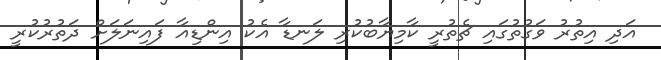
އަދި އިތުރު ވަގުތުގައި ޗެތުރީ ކާމިޔާބުކުރި ލަނޑާ އެކު އިންޑިއާ ފައިނަލަށް ދަތުރުކުރީ